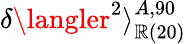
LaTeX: \delta\langler^{2}\rangle_{\mathbb{R}\mathrm{{(20)}}}^{A,90}